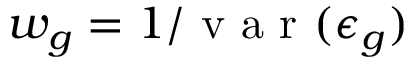
w _ { g } = 1 / \mathrm { ~ v ~ a ~ r ~ } ( \epsilon _ { g } )